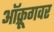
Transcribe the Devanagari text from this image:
ऑक्रूगवर